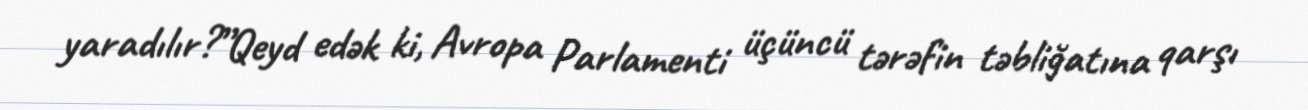
yaradılır?”Qeyd edək ki, Avropa Parlamenti üçüncü tərəfin təbliğatına qarşı